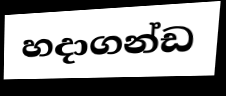
හදාගන්ඩ